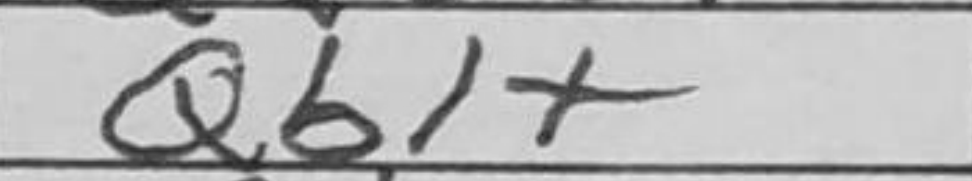
Transcription: Qb1+